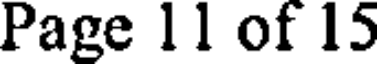
Page 11 of 15